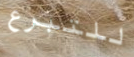
للتبرع